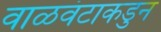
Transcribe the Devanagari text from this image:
वाळवंटाकडुन